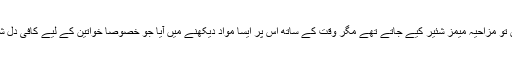
ابتدا میں تو مزاحیہ میمز شئیر کیے جاتے تھے مگر وقت کے ساتھ اس پر ایسا مواد دیکھنے میں آیا جو خصوصاً خواتین کے لیے کافی دل شکن تھا۔